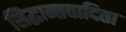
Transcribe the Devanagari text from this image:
सिद्धान्तवादिता